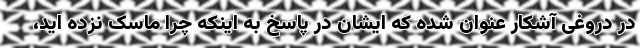
در دروغی آشکار عنوان شده که ایشان در پاسخ به اینکه چرا ماسک نزده اید،